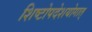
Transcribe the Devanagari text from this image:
शिष्टोपदेशयोगात्